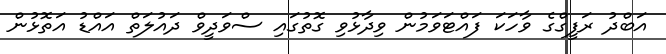
އަބްދު ރަފީގްގެ ވާހަކަ ފައްޓަވަމުން ވިދާޅުވި ގޮތުގައި ސްވަދީވް ދައުލަތް އައްޑު އަތޮޅުން